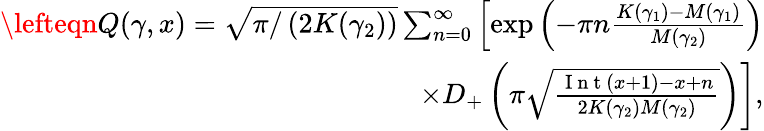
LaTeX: \begin{array}{r}{\lefteqn{}Q(\gamma,x)=\sqrt{\pi/\left(2K(\gamma_{2})\right)}\sum_{n=0}^{\infty}\left[\exp\left(-\pi{n}\frac{K(\gamma_{1})-M(\gamma_{1})}{M(\gamma_{2})}\right)\right.}\\ {\left.\times D_{+}\left(\pi\sqrt{\frac{\mathrm{~I~n~t~}(x+1)-x+n}{2K(\gamma_{2})M(\gamma_{2})}}\right)\right],}\end{array}